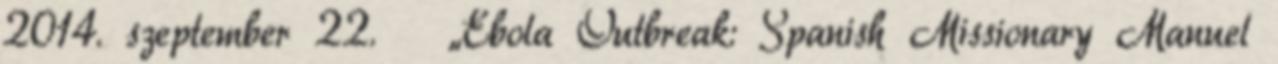
2014. szeptember 22. ↑ „Ebola Outbreak: Spanish Missionary Manuel